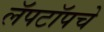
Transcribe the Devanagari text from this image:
लॅपटॉपचे